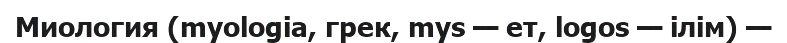
Миология (myologia, грек, mys — ет, logos — ілім) —